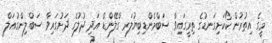
މީގެ އިތުރުން ކޯކަށިގަނޑުގެ ތިރީގައިވާ ސަބްމެންޑިބިޔުލަރ ގްލޭންޑް އަދި ދުލުގެ ދަށުގައިވާ ސަބްލިންގުއަލް